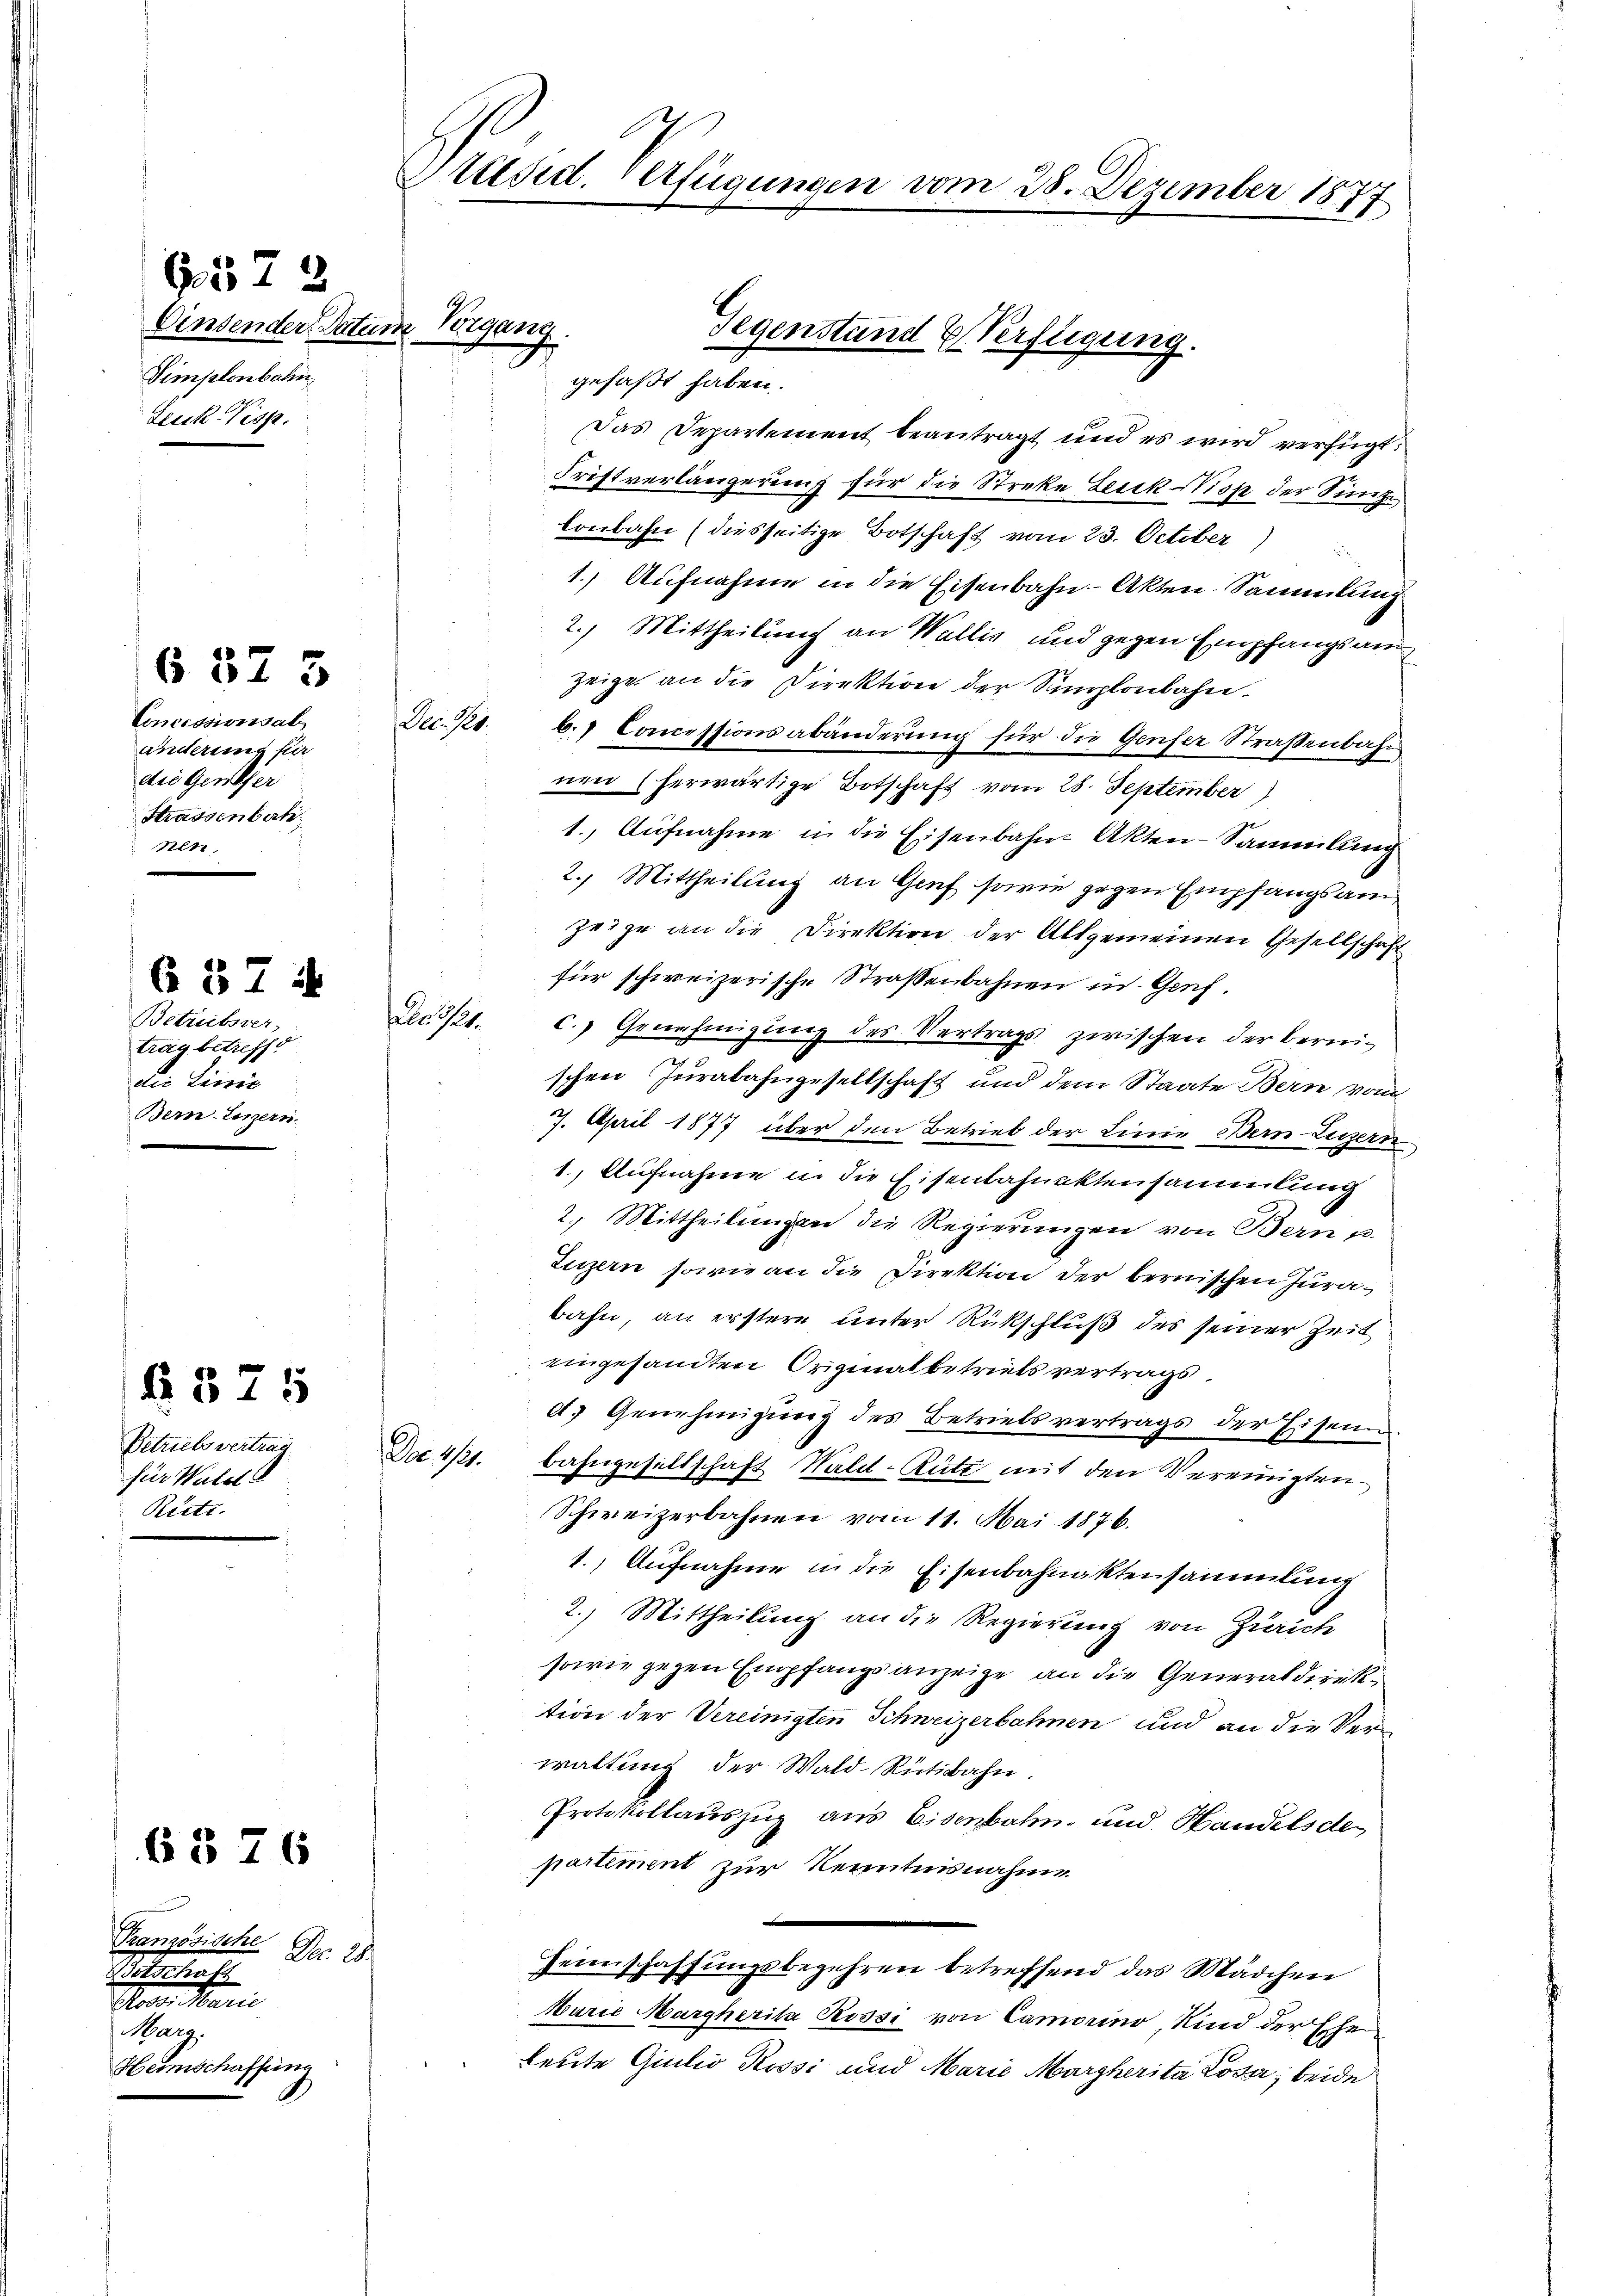
Einsender Datum
Simplonbahn
Zeuk-Visp.

B 572

Concessionsab
änderung für
die Geneher
Strassenbah
nen,

657 i
Betriebsver,
trag betreffe
die Linie
Bern-Luzern.

Betriebs vertrag
für Wald
Riete.

6 37 3

§ 575

6376

Pranzösische
Nr. 20.
Botschaft

Karz.
Heimschaffung

Präsid. Verfügungen vom 28. Dezember 1877

Perger

Das Departement beantragt und es wird verfügt:
Fristverlängerung für die Streke Lexik-Viop der Singe
lonbahn (diesseitige Botschaft vom 23. October)
1.) Aufnahme in die Eisenbahn-Akten-Sammlung
2.) Mittheilung an Wallis und gegen Empfangsan
zeige an die Direktion der Simplonbahn
Dec. 11. b. Comessionsabänderung für die Genfer Straßenbahn
nen (herwärtige Botschaft vom 28. September)
1. Aufnahme in die Eisenbahn- Akten-Sammlung
2. Mittheilung an Genf sowie gegen Empfangsamzeige an die Direktion der Allgemeinen Gesellschaft
für schweizerische Strassenbahnen in Genf.
Ded. 31. c.) Genehmigung des Vertrags zwischen der bereischen Jurabahngesellschaft und dem Staate Bern, von
7. April 1877 über den Betrieb der Linie Bern-Luzern
1., Aufnahme in die Eisenbahnaktensammlung
2. Mittheilungen die Regierungen von Bern u.
Luzern, sowie an die Direktion der bernischen Jurabahn, an erstere unter Rückschluß des seiner Zeit
eingesandten Originalbetriebs vertrags
d. Genehmigung des Betriebsvertrags der Eisenn
Da 4/21. Bahngesellschaft Wald-Rüti mit den Vereinigten
Schweizerbahnen vom 11. Mai 1876.
1.) Aufnahme in die Eisenbahnaktensammlung
2.) Mittheilung an die Regierung von Zürich
sowie gegen Empfangsanzeige an die Generaldirektion der Vereinigten Schweizerbahnen und an die Verwaltung der Wald-Rütibahn.
Protokollauszug aus Eisenbahn, und Handelsde
partement zur Kenntnisnahme
Heimschaffungsbegehren betreffend das Mädchen
Marie Margherita Rossi von Camorino, Kind der Ehe
Leute Giulio Rossi und Marie Margherita Rosa, beide

.
Gegenstand Verfügung.
gefaßt haben.